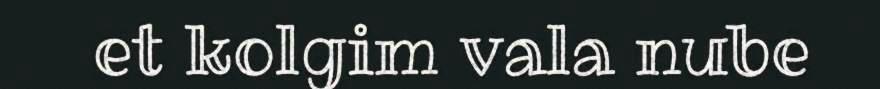
et kolgim vala nube